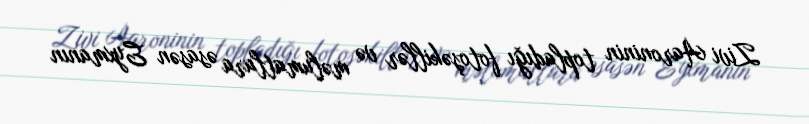
Zivi Aaroninin topladığı fotoşəkillər və məlumatlara əsasən Eyxmanın